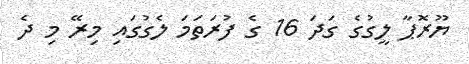
ޔޫރޮޕާ ލީގުގެ ގަދަ 16 ގެ ފުރަތަމަ ލެގުގައި މިރޭ މި ދެ